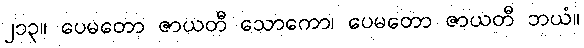
၂၁၃။ ပေမတော ဇာယတီ သောကော၊ ပေမတော ဇာယတီ ဘယံ။